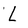
Character: L